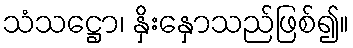
သံသဋ္ဌော၊ နှိးနှောသည်ဖြစ်၍။